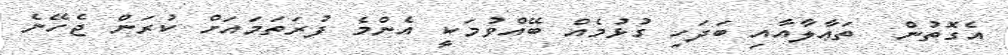
އެގޮތުން  ތަޢާލާއާއި ބަދަހި ގުޅުމެއް ބޭއްވުމަކީ އެންމެ ފުރަތަމައަށް ކުރަން ޖެހޭނެ